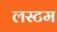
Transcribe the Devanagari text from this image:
लस्टम